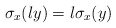
\begin{align*}\sigma_x(ly) = l\sigma_x(y)\end{align*}